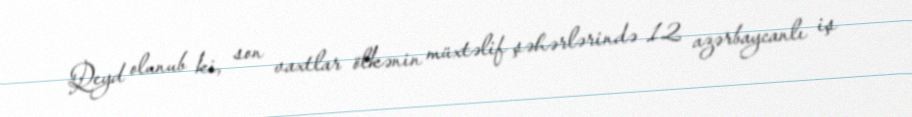
Qeyd olunub ki, son vaxtlar ölkənin müxtəlif şəhərlərində 12 azərbaycanlı iş